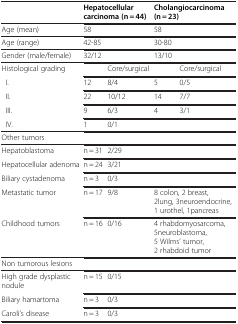
<table><thead><tr><td><b> </b></td><td colspan="2"><b>Hepatocellular carcinoma (n = 44)</b></td><td colspan="2"><b>Cholangiocarcinoma (n = 23)</b></td></tr></thead><tbody><tr><td>Age (mean)</td><td colspan="2">58</td><td colspan="2">58</td></tr><tr><td>Age (range)</td><td colspan="2">42-85</td><td colspan="2">30-80</td></tr><tr><td>Gender (male/female)</td><td colspan="2">32/12</td><td colspan="2">13/10</td></tr><tr><td>Histological grading</td><td colspan="2">Core/surgical</td><td colspan="2">Core/surgical</td></tr><tr><td> I.</td><td>12</td><td>8/4</td><td>5</td><td>0/5</td></tr><tr><td> II.</td><td>22</td><td>10/12</td><td>14</td><td>7/7</td></tr><tr><td> III.</td><td>9</td><td>6/3</td><td>4</td><td>3/1</td></tr><tr><td> IV.</td><td>1</td><td>0/1</td><td> </td><td> </td></tr><tr><td>Other tumors</td><td> </td><td> </td><td> </td><td> </td></tr><tr><td>Hepatoblastoma</td><td>n = 31</td><td>2/29</td><td> </td><td> </td></tr><tr><td>Hepatocellular adenoma</td><td>n = 24</td><td>3/21</td><td> </td><td> </td></tr><tr><td>Biliary cystadenoma</td><td>n = 3</td><td>0/3</td><td> </td><td> </td></tr><tr><td>Metastatic tumor</td><td>n = 17</td><td>9/8</td><td colspan="2">8 colon, 2 breast, 2lung, 3neuroendocrine, 1 urothel, 1pancreas</td></tr><tr><td>Childhood tumors</td><td>n = 16</td><td>0/16</td><td colspan="2">4 rhabdomyosarcoma, 5neuroblastoma, 5 Wilms’ tumor, 2 rhabdoid tumor</td></tr><tr><td>Non tumorous lesions</td><td> </td><td> </td><td> </td><td> </td></tr><tr><td>High grade dysplastic nodule</td><td>n = 15</td><td>0/15</td><td> </td><td> </td></tr><tr><td>Biliary hamartoma</td><td>n = 3</td><td>0/3</td><td> </td><td> </td></tr><tr><td>Caroli’s disease</td><td>n = 3</td><td>0/3</td><td> </td><td> </td></tr></tbody></table>